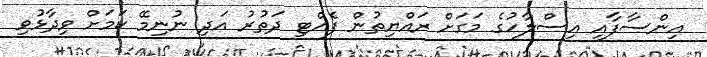
އިންސާފާއި އިސްލާހުގެ މަގަށް ރައްޔިތުން ފެއްޓި ދަތުރު އަދި ނުނިމޭ ކަމަށް ވިދާޅުވި